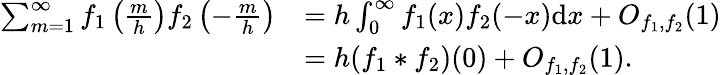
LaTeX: \begin{array}{rl}{\sum_{m=1}^{\infty}f_{1}\left(\frac{m}{h}\right)f_{2}\left(-\frac mh\right)}&{=h\int_{0}^{\infty}f_{1}(x)f_{2}(-x)\mathrm{d}x+O_{f_{1},f_{2}}(1)}\\ &{=h(f_{1}\ast f_{2})(0)+O_{f_{1},f_{2}}(1).}\end{array}